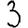
Digit: 3